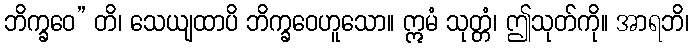
ဘိက္ခဝေ” တိ၊ သေယျထာပိ ဘိက္ခဝေဟူသော။ ဣမံ သုတ္တံ၊ ဤသုတ်ကို။ အာရဘိ၊